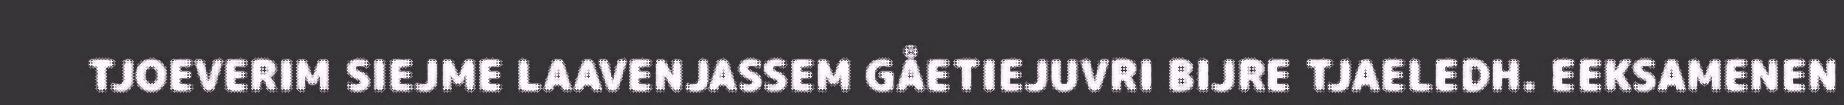
TJOEVERIM SIEJME LAAVENJASSEM GÅETIEJUVRI BIJRE TJAELEDH. EEKSAMENEN